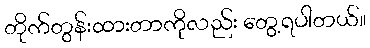
တိုက်တွန်းထားတာကိုလည်း တွေ့ရပါတယ်။